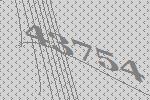
43754